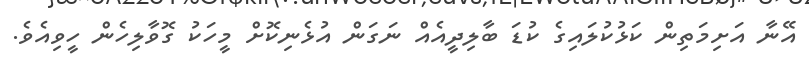
އޭނާ އަށިމަތިން ކަޅުކުލައިގެ ކުޑަ ބާލިދީއެއް ނަގަން އުޅެނިކޮށް މީހަކު ގޮވާލިހެން ހީވިއެވެ.